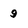
Character: 9